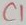
Text: C1